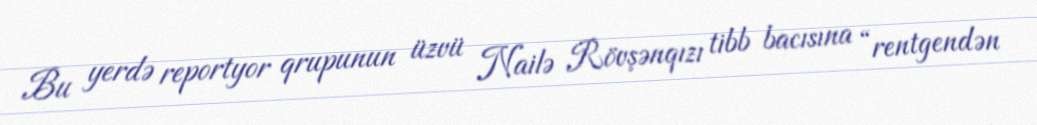
Bu yerdə reportyor qrupunun üzvü Nailə Rövşənqızı tibb bacısına “rentgendən